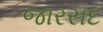
જારસદ